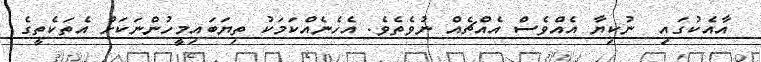
އާއެކުގައި  ނުކިޔާ އެއްވެސް އެއްޗެއް ނުވެތެވެ. އެހެނެއްކަމަކު ތިޔަބައިމީހުންނަކަށް އެތަކެތީގެ